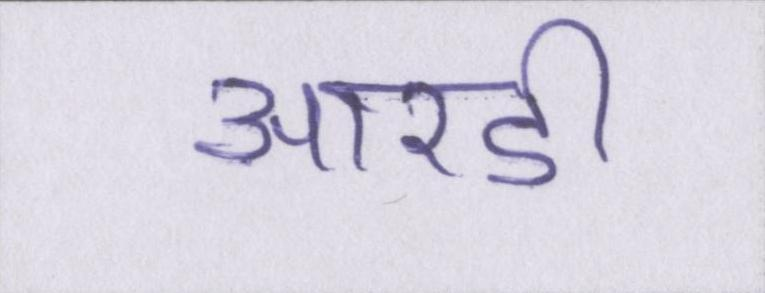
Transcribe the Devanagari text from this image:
आरडी